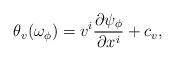
LaTeX: \begin{align*}\theta_{v}(\omega_{\phi})=v^i{\frac{\partial\psi_\phi}{\partial x^i}}+c_v,\end{align*}